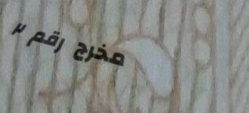
مخرج رقم ٢